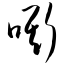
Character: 嘶